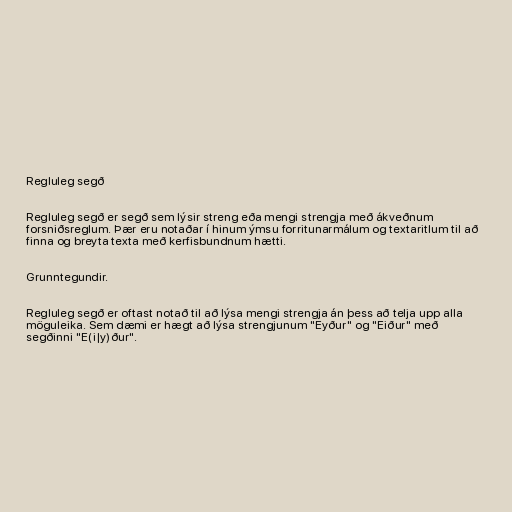
Regluleg segð

Regluleg segð er segð sem lýsir streng eða mengi strengja með ákveðnum
forsniðsreglum. Þær eru notaðar í hinum ýmsu forritunarmálum og textaritlum til að
finna og breyta texta með kerfisbundnum hætti.

Grunntegundir.

Regluleg segð er oftast notað til að lýsa mengi strengja án þess að telja upp alla
möguleika. Sem dæmi er hægt að lýsa strengjunum "Eyður" og "Eiður" með
segðinni "E(i|y)ður".